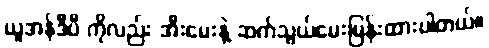
ယူအန်ဒီပီ ကိုလည်း အီးမေးနဲ့ ဆက်သွယ်မေးမြန်းထားပါတယ်။